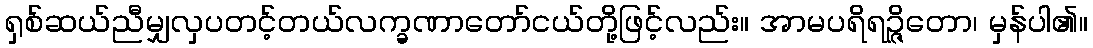
ရှစ်ဆယ်ညီမျှလှပတင့်တယ်လက္ခဏာတော်ငယ်တို့ဖြင့်လည်း။ အာမပရိရဉ္ဇိတော၊ မှန်ပါ၏။